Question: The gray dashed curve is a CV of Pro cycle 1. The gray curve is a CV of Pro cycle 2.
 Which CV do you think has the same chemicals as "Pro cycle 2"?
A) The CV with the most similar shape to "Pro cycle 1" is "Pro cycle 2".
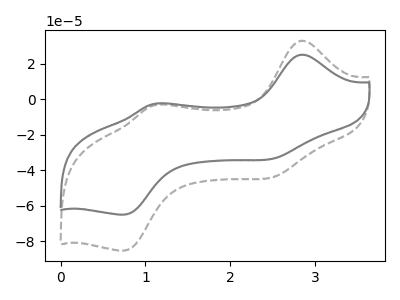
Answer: <think>The gray dashed curve "Pro cycle 1" has anodic peaks at (2.85V, 33.10uA) (1.15V, -2.95uA) and cathodic peaks at (2.55V, -43.40uA) (0.75V, -85.30uA). The gray curve "Pro cycle 2" has anodic peaks at (2.85V, 25.25uA) (1.15V, -2.25uA) and cathodic peaks at (2.55V, -33.05uA) (0.75V, -65.05uA).
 All the peaks in "Pro cycle 1" have a peak in "Pro cycle 2" at the same potential.</think>
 <answer>A) The CV with the most similar shape to "Pro cycle 1" is "Pro cycle 2".</answer>
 <eval>A</eval>